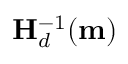
\mathbf { H } _ { d } ^ { - 1 } ( \mathbf { m } )